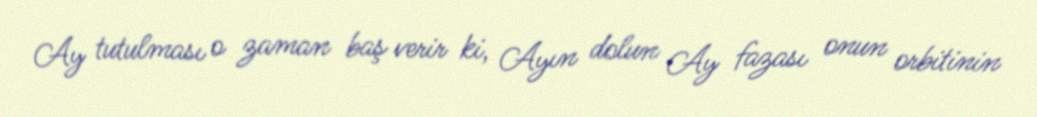
Ay tutulması o zaman baş verir ki, Ayın dolun Ay fazası onun orbitinin